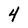
Character: 4